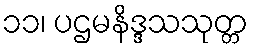
၁၁၊ ပဌမနိဒ္ဒသသုတ္တ